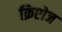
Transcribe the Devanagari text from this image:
क्रिप्टोज